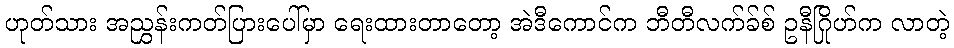
ဟုတ်သား အညွှန်းကတ်ပြားပေါ်မှာ ရေးထားတာတော့ အဲဒီကောင်က ဘီတီလက်ခ်စ် ဥနီဂြိုဟ်က လာတဲ့